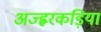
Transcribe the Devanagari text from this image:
अज्ह्वरकड़ियां